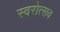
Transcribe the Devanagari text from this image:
स्वरोत्सव